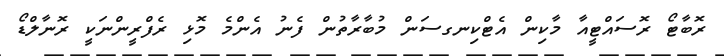
ރޮބާޓޯ ރޮސައްޓީއާ މާކިން އެޓްކިނގސަން މުބާރާތުން ފެނުު އެންމެ މޮޅި ރެފްރީންނަކީ ރޮނާލްޑޯ